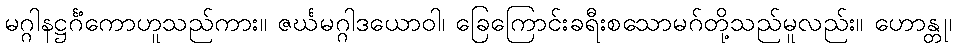
မဂ္ဂါနဋ္ဌင်္ဂံကောဟူသည်ကား။ ဇင်္ဃမဂ္ဂါဒယောဝါ၊ ခြေကြောင်းခရီးစသောမဂ်တို့သည်မူလည်း။ ဟောန္တု၊